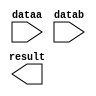
module lpm_sub1dr (
	dataa,
	datab,
	result);

	input	[9:0]  dataa;
	input	[9:0]  datab;
	output	[9:0]  result;

endmodule